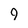
Character: 9